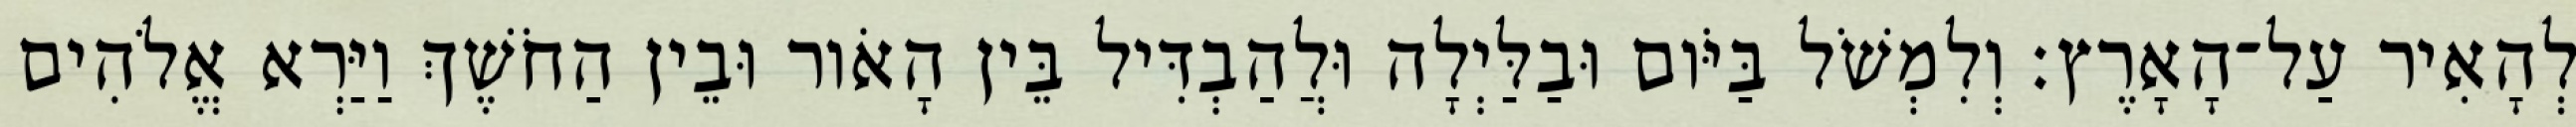
לְהָאִיר עַל־הָאָרֶץ׃ וְלִמְשֹׁל בַּיֹּום וּבַלַּיְלָה וּלֲהַבְדִּיל בֵּין הָאֹור וּבֵין הַחֹשֶׁךְ וַיַּרְא אֱלֹהִים